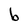
Character: b